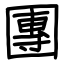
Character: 團